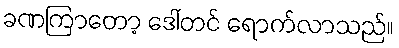
ခဏကြာတော့ ဒေါ်တင် ရောက်လာသည်။